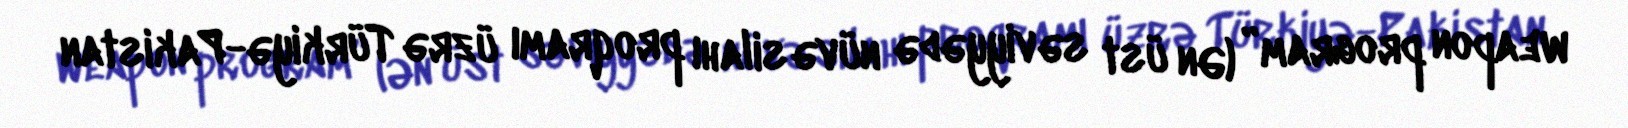
weapon program” (Ən üst səviyyədə nüvə silahı proqramı üzrə Türkiyə-Pakistan